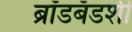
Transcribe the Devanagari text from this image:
ब्रॉडबँडशी